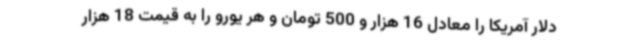
دلار آمریکا را معادل 16 هزار و 500 تومان و هر یورو را به قیمت 18 هزار